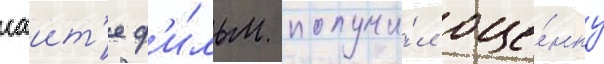
саит'е ф'и́льм получи́л оце́нку